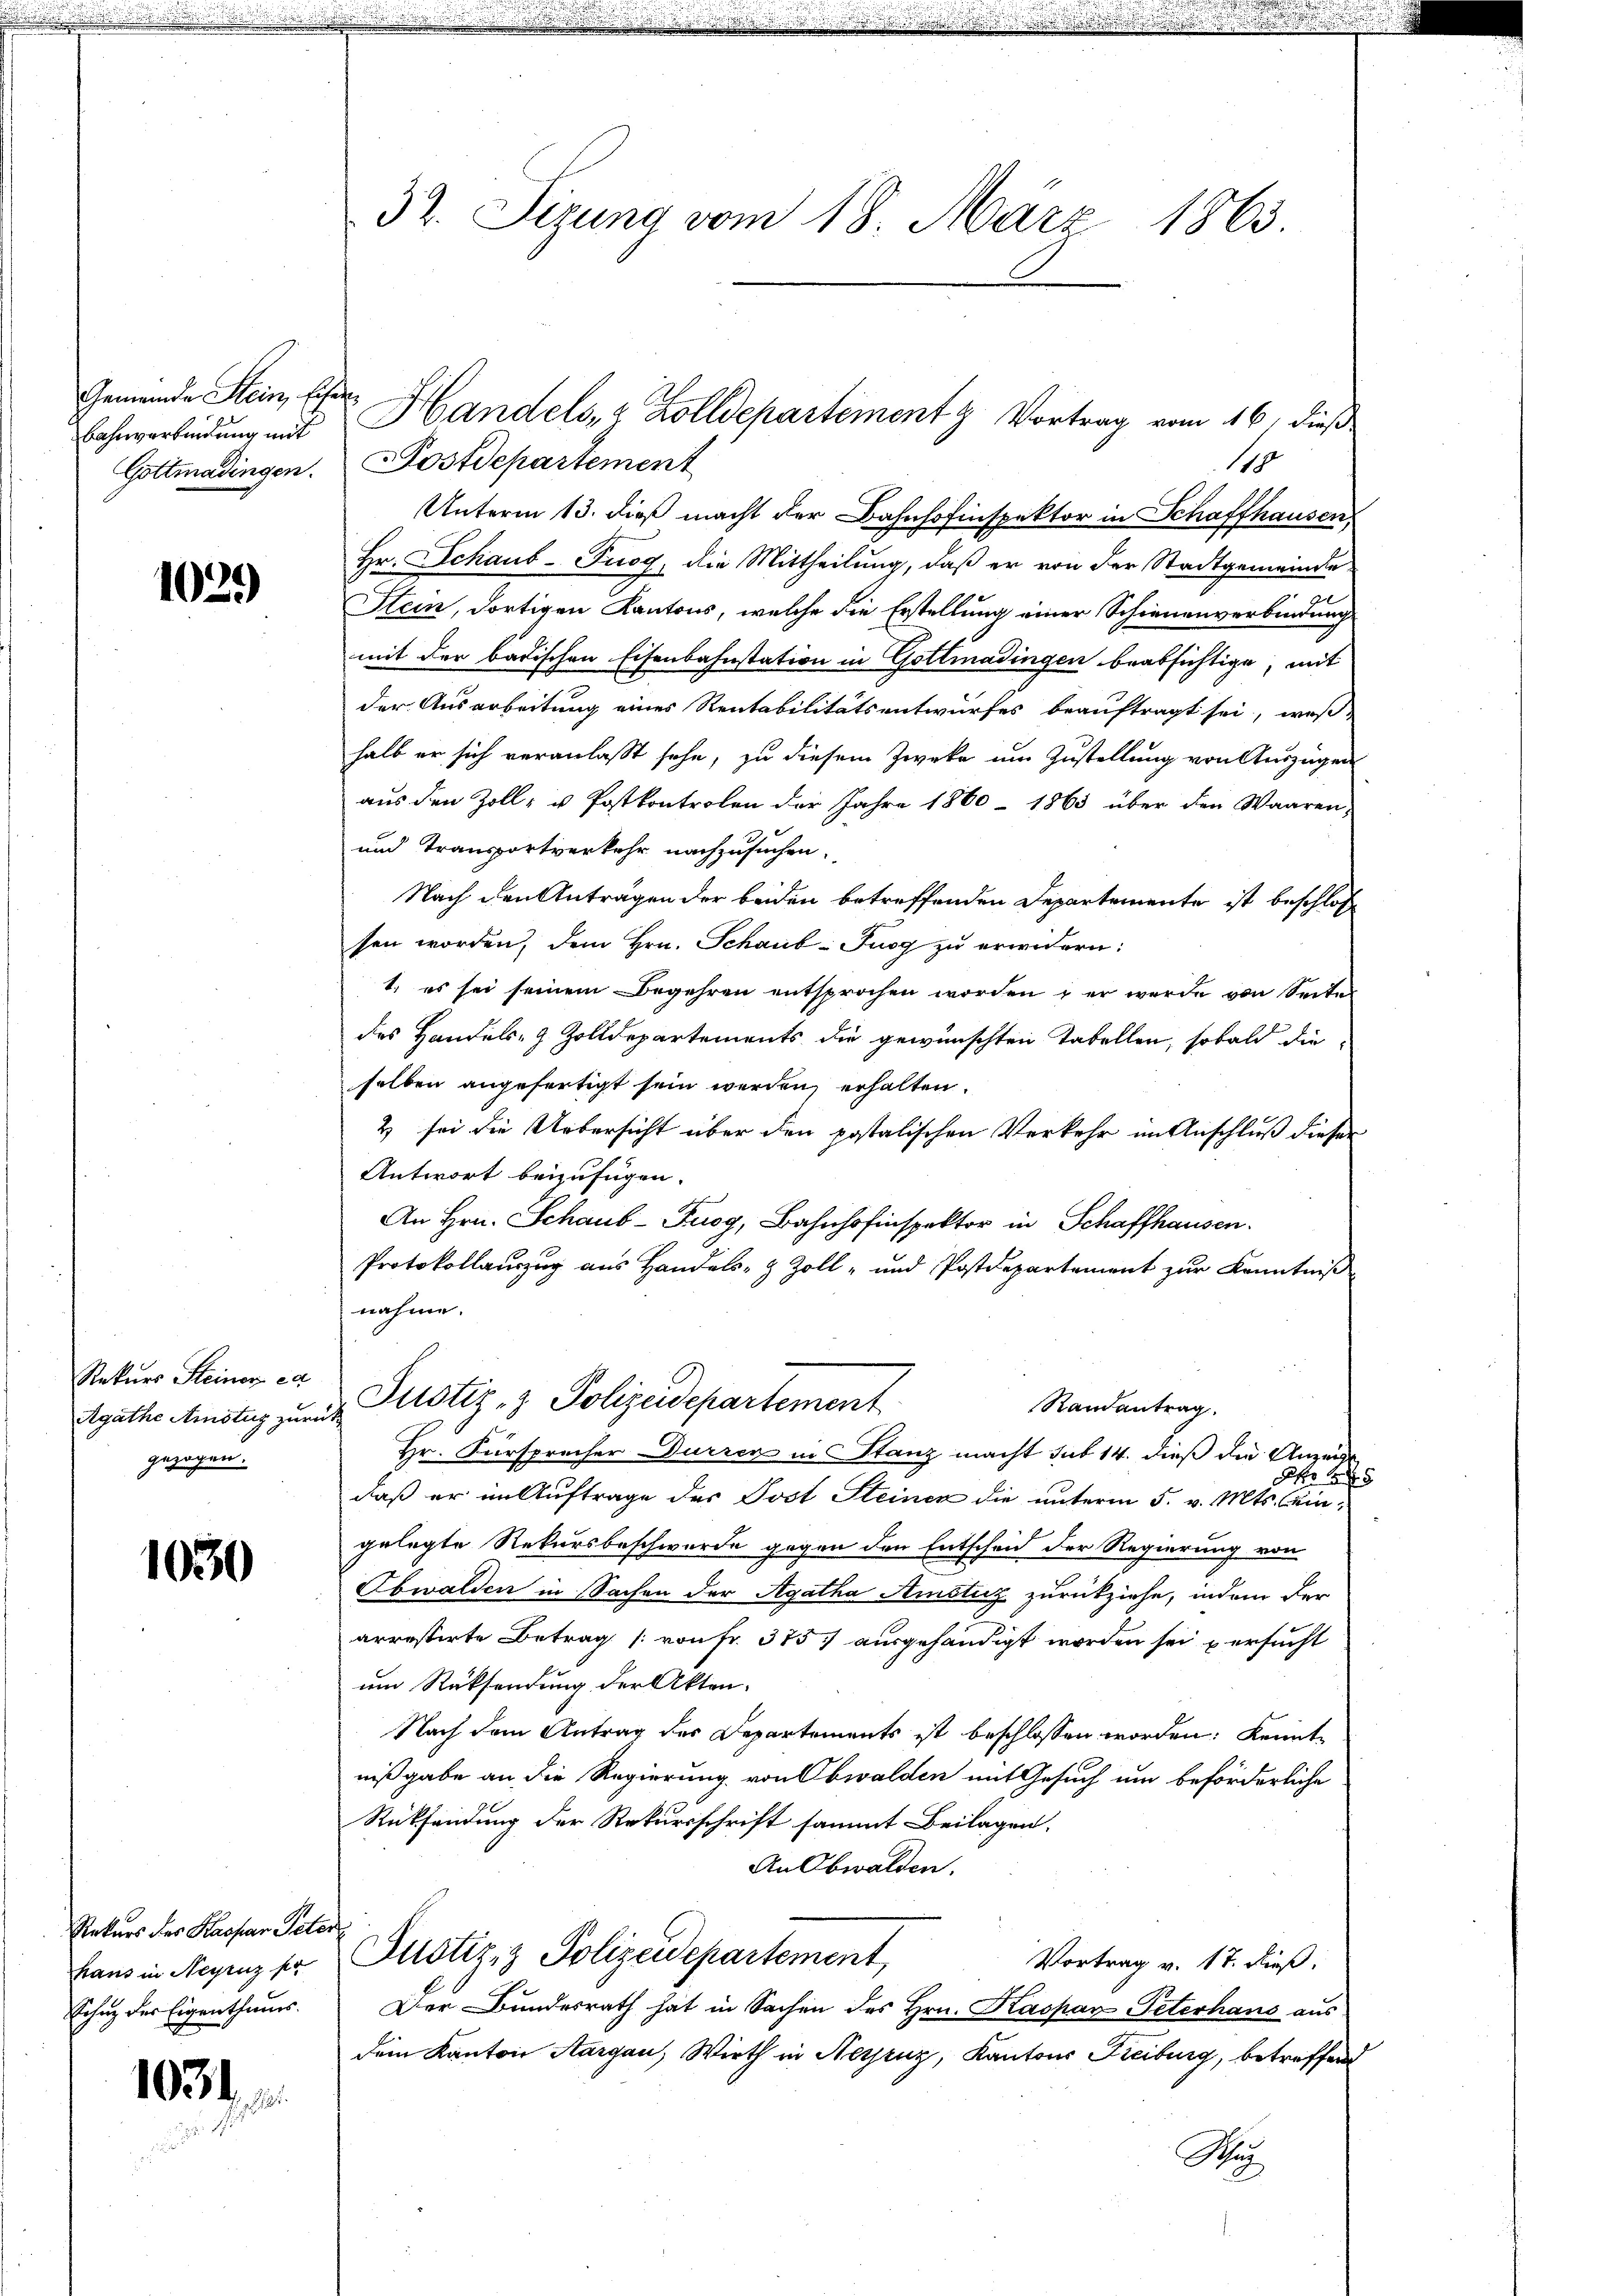
Gemeinde Stein, Eisen
Bahnverbindung mit
Gottmadingen.

1029

Rekurs Steiner ex
Agathe Amstiz zur
gezogen.

1030

Rekurs des Kaspar Peter
hans in Negrenz fr
Echug der Eigenthums

1034.

32. Sizung vom 18. März 1863.

Fostdepartement
119
Unterm 13. dieß macht der Bahnhofinspektor in Schaffhausen,
hr. Schaub-Puog, die Mittheilŭng, daβ er von der Stadtgemeinde
Stein, dortigen Kantons, welche die Erstellung einer Schienenverbindung
mit der badischen Eisenbahnstation in Gottmadingen beabsichtige, mit
der Ausarbeitung eines Rentabilitätsentwurfes beauftragt sei, weß
halb er sich veranlasst sehe, zu diesem Zwecke um Zustellung von Auszügen
aus den Zoll- u Postkontrolen der Jahre 1860 - 1863 über den Waaren,
und Transportverkehr nachzusuchen.
Nach den Anträgen der beiden betreffenden Departemente ist beschlos
sen worden, dem Hrn. Schaub-Fugg zu erwidern:
1. es sei seinem Begehren entsprochen worden; er werde von Seite
des Handels- & Zolldepartements die gewünschten Tabellen, sobald die
selben angefertigt sein werden erhalten.
& sei die Uebersicht über den potalischen Verkehr im Anschluß dieser
Antwort beizufügen.
An Hrn. Schaub- Fuog, Bahnhofinspektor in Schaffhausen.
Protokollauszug aus Handels- & Zoll- und Postdepartement zur Kenntniß
nahme.
Justiz- & Polizeidepartement
Randantrag.
Hr. Fürsprecher Dürrer in Stanz macht sub 14. dieß die Anzeigt
f 15
daß er in Auftrage des Jost Steinen die unterm 5. v. Mts. Eingelegte Rekursbeschwerde gegen den Entscheid der Regierung von
Ebwalden in Sachen der Agatha Amsturz zurückziehe, indem der
arrestirte Betrag (von Fr. 375. ausgehändigt worden sei ersucht
um Rücksendung der Akten.
Nach dem Antrag des Departements ist beschlossen worden: Kennte
nißgabe an die Regierung von Obwalden mit Gesuch um beförderliche
Rücksendung der Rekursschrift sammt Beilagen.
An Obwalden.
Justiz- & Polizeidepartement,
Vortrag v. 17. dieß.
Der Bundesrath hat in Sachen des Hrn. Kaspar Peterhans aus
dem Kanton Aargau, Wirth in Nerjenz, Kantons Freiburg, betreffen
Wa

Handels, Zolldepartement & Vortrag vom 16. dieß.